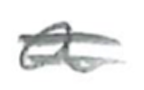
Text: a
Cross-out: double-line
Writing tool: pencil